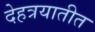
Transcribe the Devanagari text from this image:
देहत्रयातीत